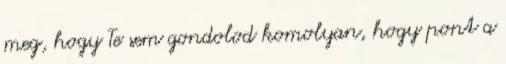
meg, hogy Te sem gondolod komolyan, hogy pont a